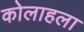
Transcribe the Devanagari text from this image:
कोलाहला